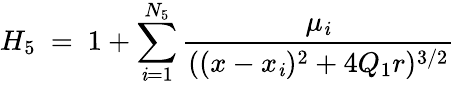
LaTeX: H_{5}\ =\ 1+\sum_{\mathit{i}=1}^{N_{5}}\frac{{\mu_{\mathit{i}}}}{{((x-x_{\mathit{i}})^{2}+4Q_{1}r)^{3/2}}}